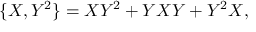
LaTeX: \{ X , Y ^ { 2 } \} = X Y ^ { 2 } + Y X Y + Y ^ { 2 } X ,